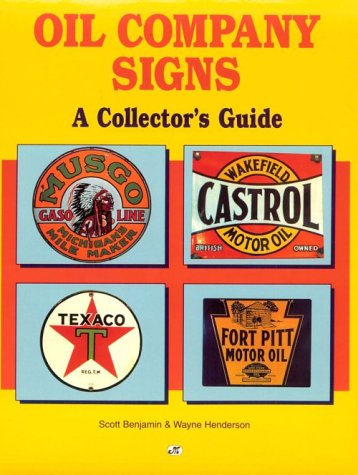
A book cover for Oil Company Signs: A Collector's Guide; Scott Benjamin; Crafts, Hobbies & Home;